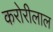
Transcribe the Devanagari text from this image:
करोरीलाल